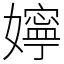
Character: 嬣